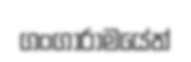
ගංගාරාමයේත්